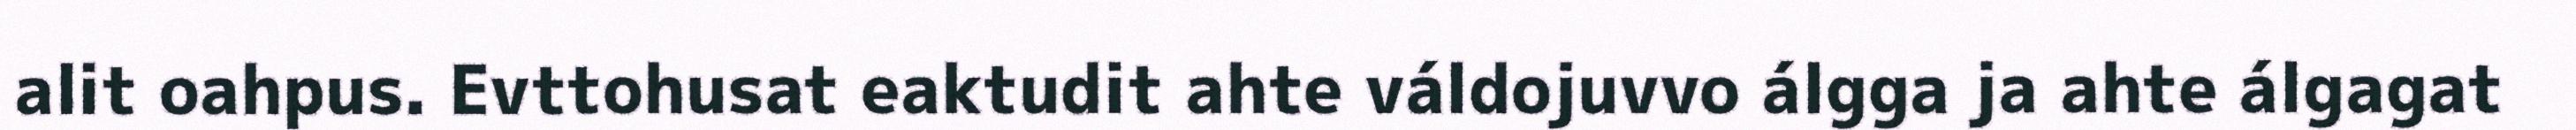
alit oahpus. Evttohusat eaktudit ahte váldojuvvo álgga ja ahte álgagat